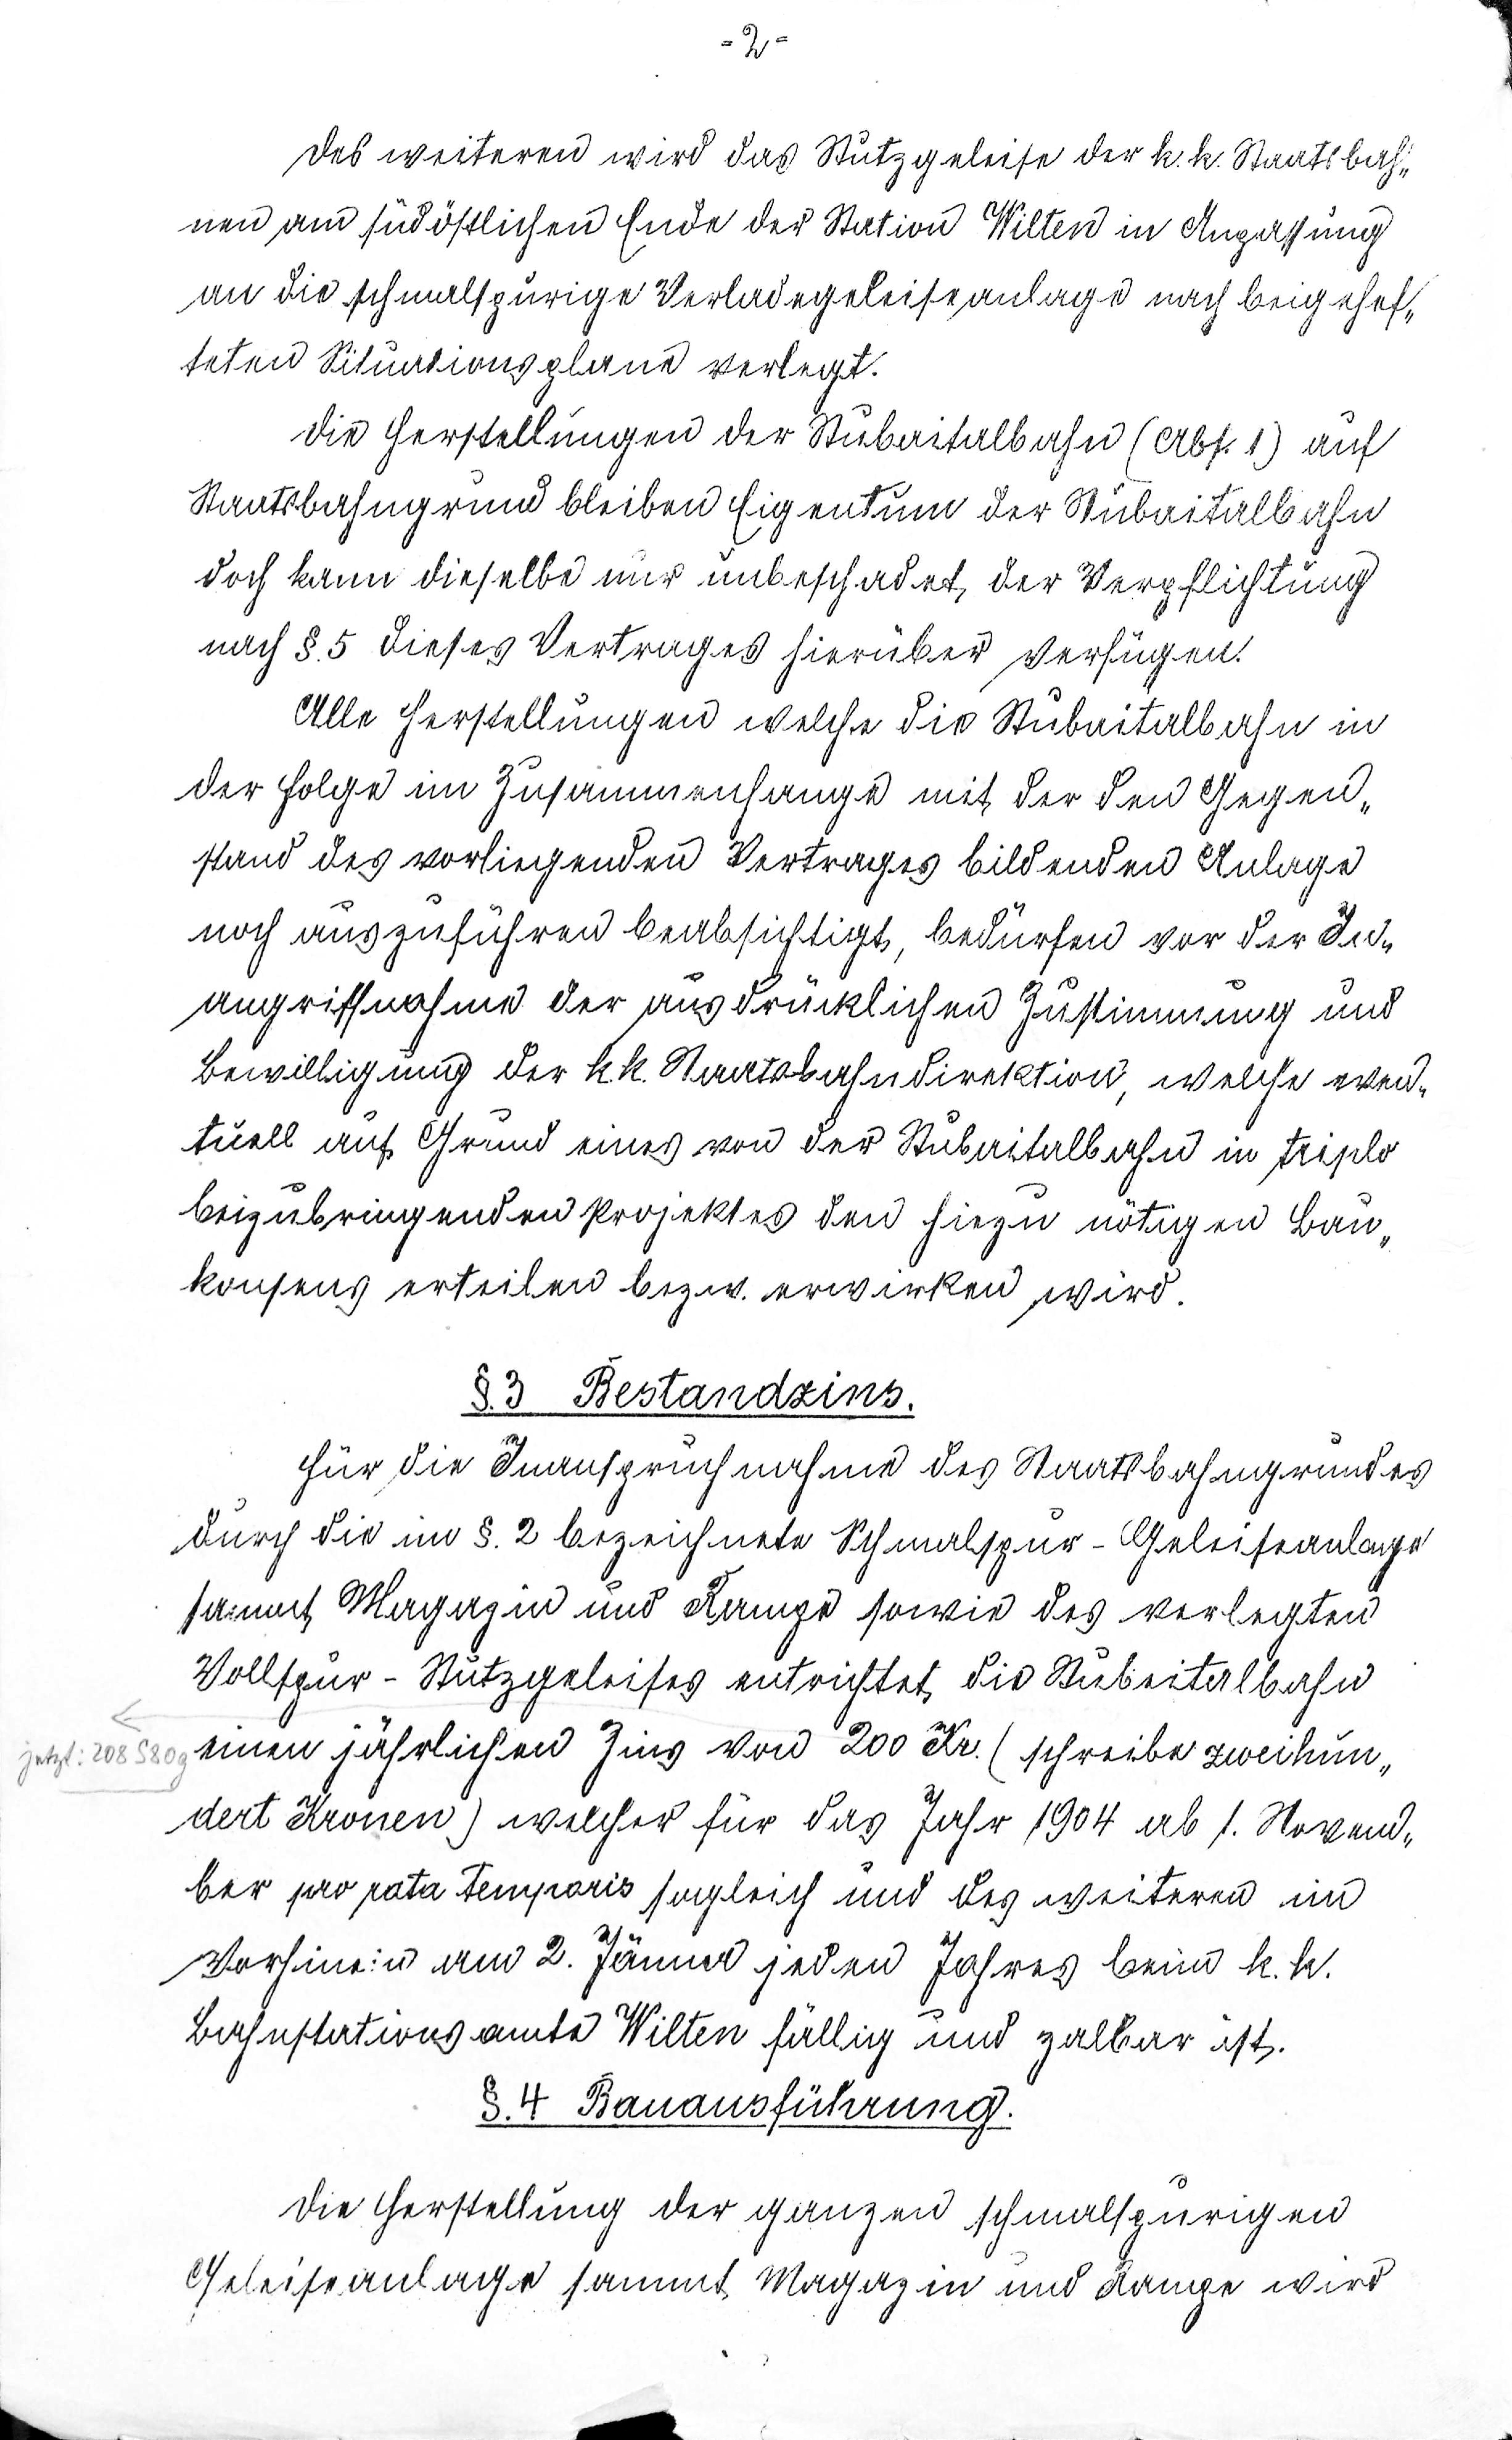
- 2 -
des weiteren wird das Stutzgeleise der k.k. Staatsbah¬
nen am südöstlichen Ende der Station Wilten in Anpassung
an die schmalspurige Verladegeleiseanlage nach beigehef¬
teten Situationsplane verlegt.
Die Herstellungen der Stubaitalbahn (Abs. 1) auf
Staatsbahngrund bleiben Eigentum der Stubaitalbahn
doch kann dieselbe nur unbeschadet der Verpflichtung
nach §.5 dieses Vertrages hierüber verfügen.
Alle Herstellungen welche die Stubaitalbahn in
der Folge im Zusammenhange mit der den Gegen¬
stand des vorliegenden Vertrages bildenden Anlage
noch auszuführen beabsichtigt, bedürfen vor der In¬
angriffnahme der ausdrücklichen Zustimmung und
Bewilligung der k.k. Staatsbahndirektion, welche even¬
tuell auf Grund eines von der Stubaitalbahn in triplo
beizubringenden Projektes den hiezu nötigen Bau¬
konsens erteilen bezw. erwirken wird.
§.3 Bestandzins.
für die Inanspruchnahme des Staatsbahngrundes
durch die in §.2 bezeichnete Schmalspur-Geleiseanlage
sammt Magazin und Range sowie des verlegten
Vollspur-Stützgeleises entrichtet die Stubaitalbahn
einen jährlichen Zins von 200 Kr. (schreibe zweihun¬
jetzt: 208 S 80 g
dert Kronen) welcher für das Jahr 1904 ab 1. Novem¬
ber pro rata temporis sogleich und des weiteren im
Vorhinein am 2. Jänner jeden Jahres beim k.k.
Bahnstationsamte Wilten fällig und zahlbar ist.
§.4 Bauausführung.
Die Herstellung der ganzen schmalspurigen
Geleisanlage sammt Magazin und Range wird